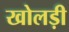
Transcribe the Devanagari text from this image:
खोलड़ी